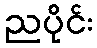
ညပိုင်း